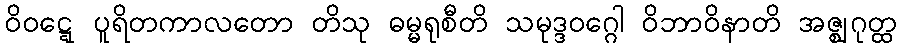
ဝိဝဋ္ဋေ ပူရိတကာလတော တိသု ဓမ္မရုစီတိ သမုဒ္ဒဝဂ္ဂေါ ဝိဘာဝိနာတိ အဇ္ဈဂုတ္ထ